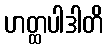
ဟတ္ထပါဒါတိ